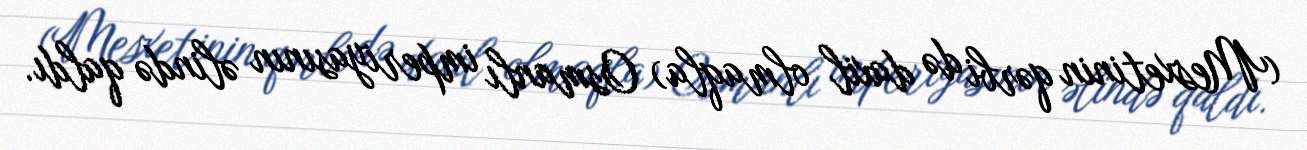
(Mesxetinin qərbi də daxil olmaqla) Osmanlı imperiyasının əlində qaldı.